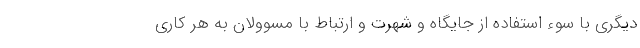
دیگری با سوء استفاده از جایگاه و شهرت و ارتباط با مسوولان به هر کاری